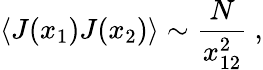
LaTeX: \langle J(x_{1})J(x_{2})\rangle\sim{\frac{N}{x_{12}^{2}}}\ ,